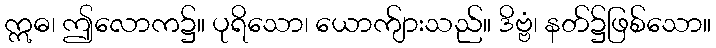
ဣဓ၊ ဤလောက၌။ ပုရိသော၊ ယောက်ျားသည်။ ဒိဗ္ဗံ၊ နတ်၌ဖြစ်သော။